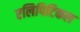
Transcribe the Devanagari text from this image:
एलिपिटिकल